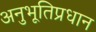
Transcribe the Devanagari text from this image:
अनुभूतिप्रधान